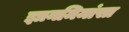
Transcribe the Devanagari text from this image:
ज्ञानमिमांसा